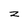
Character: Z